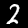
Label: 2